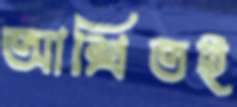
আশ্রিতই